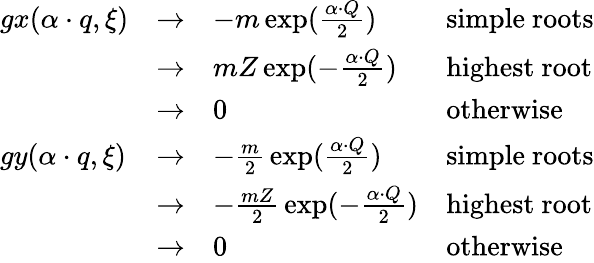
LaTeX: \begin{array}{llll}{{gx(\alpha\cdot q,\xi)}}&{{\rightarrow}}&{{-m\exp({\frac{\alpha\cdot Q}{2}})}}&{{\mathrm{simple~roots}}}\\ {{}}&{{\rightarrow}}&{{{mZ}\exp(-{\frac{\alpha\cdot Q}{2}})}}&{{\mathrm{highest~root}}}\\ {{}}&{{\rightarrow}}&{{0}}&{{\mathrm{otherwise}}}\\ {{gy(\alpha\cdot q,\xi)}}&{{\rightarrow}}&{{-{\frac{m}{2}}\exp({\frac{\alpha\cdot Q}{2}})}}&{{\mathrm{simple~roots}}}\\ {{}}&{{\rightarrow}}&{{-{\frac{mZ}{2}}\exp(-{\frac{\alpha\cdot Q}{2}})}}&{{\mathrm{highest~root}}}\\ {{}}&{{\rightarrow}}&{{0}}&{{\mathrm{otherwise}}}\end{array}